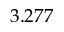
3 . 2 7 7